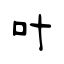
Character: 叶